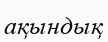
ақындық